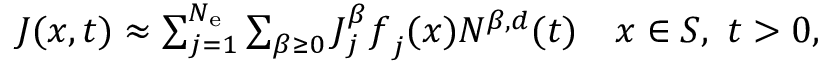
\begin{array} { r } { \boldsymbol { J } ( \boldsymbol { x } , t ) \approx \sum _ { j = 1 } ^ { N _ { \mathrm { e } } } \sum _ { \beta \ge 0 } J _ { j } ^ { \beta } \boldsymbol { f } _ { j } ( \boldsymbol { x } ) N ^ { \beta , d } ( t ) \quad \boldsymbol { x } \in S , \ t > 0 , } \end{array}